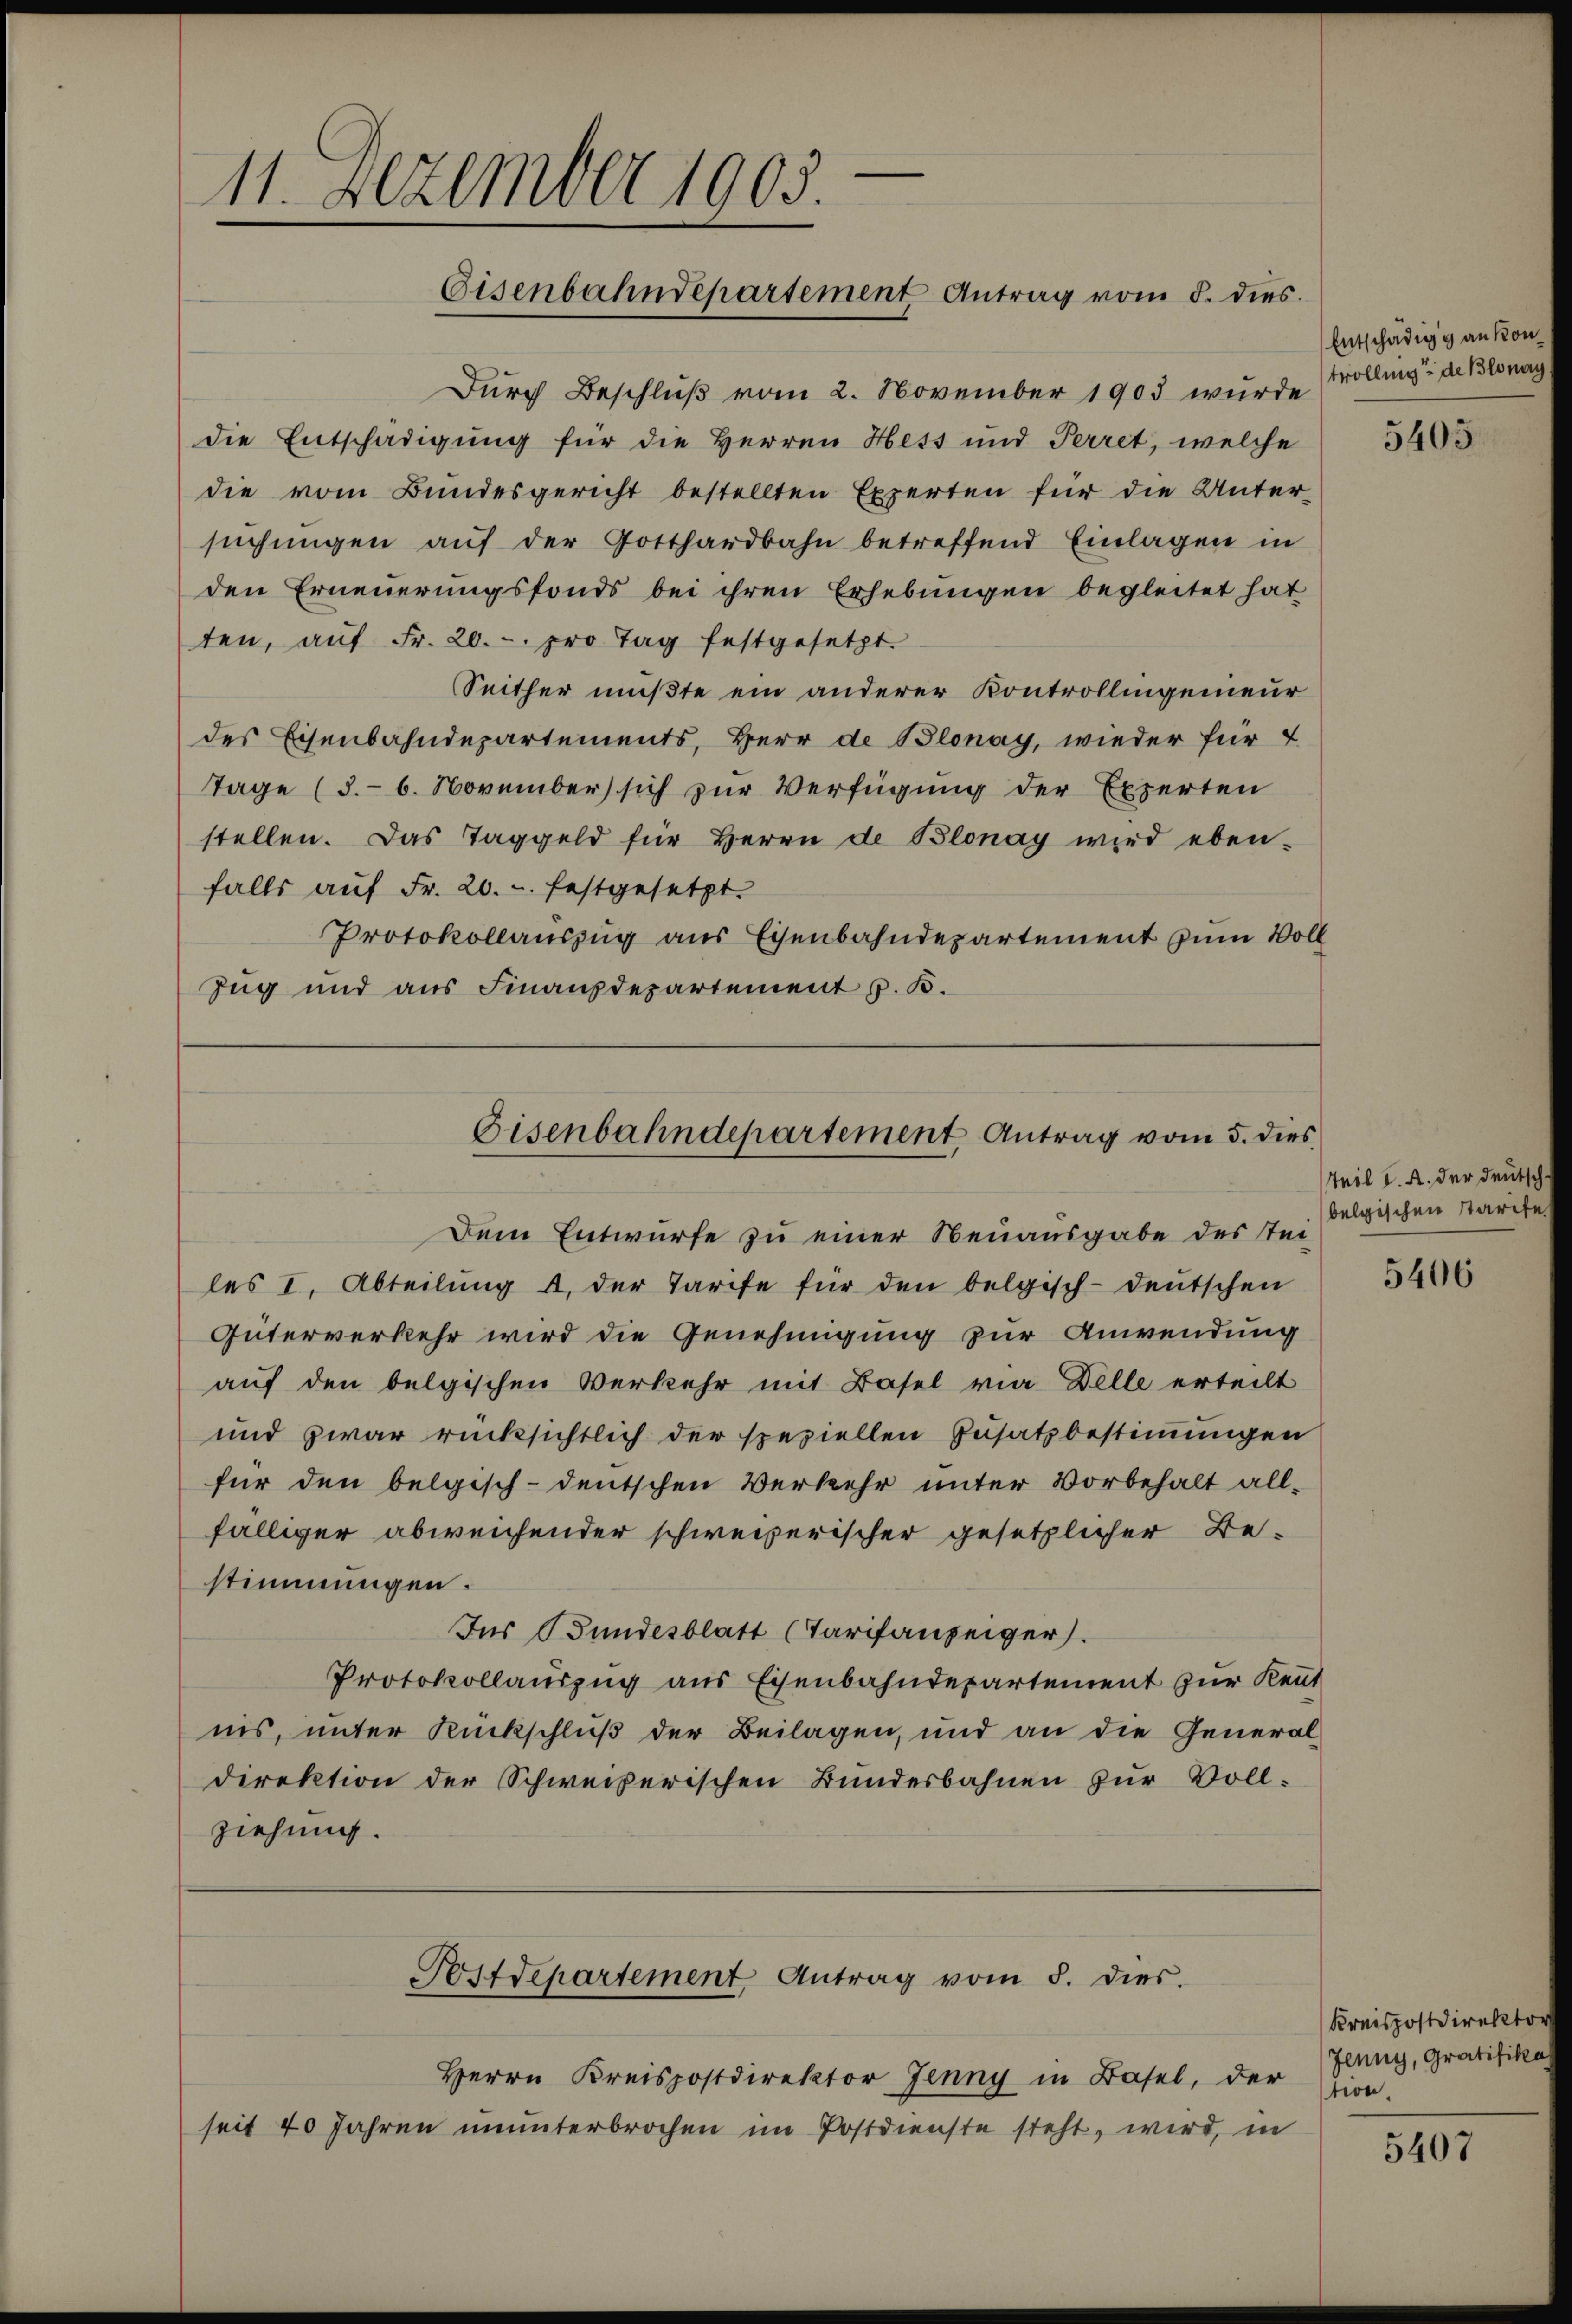
Dem Entwurfe zu einer Neuausgabe des Steiles I. Abteilŭng u. der Tarife für den belgisch-deutschen
Güterverkehr wird die Genehmigung zur Anwendung
auf den belgischen Verkehr mit Basel via Delle erteilt
und zwar rücksichtlich der speziellen Zusatzbestimmungen
für den belgisch-deutschen Verkehr unter Vorbehalt all-
fälliger abweichender schweizerischer gesetzlicher Bestimmungen.
Für Bundesblatt (Tarifanzeiger.
Protokollauszug aus Eisenbahndepartement zur Kennt
nis, unter Rückschluß der Beilagen, und an die General-
direktion der Schweizerischen Bundesbahnen zŭr Voll-
ziehung.

11. Dezember 1905.
Eisenbahndepartement Antrag vom 8. dies

Tage (3.- 6. November sich zur Verfügung der Experten
stellen. Das Taggeld für Herrn de Blonay wird eben-
falls auf Fr. 20.-. festgesetzt.
Protokollauszug aus Eisenbahndepartement zum Voll
Zug und aus Finanzdepartement z. B.

Durch Beschluß vom 2. November 1905 wurde (Trolling der Blonag
die Entschädigung für die Herren Hess und Perret, welche
die vom Bundesgericht bestellten Experten für die Untersŭchŭngen aŭf der Gotthardbahn betreffend Einlagen in
den Erneuerungsfonds bei ihren Erhebungen begleitet hat
ten, aŭf Fr. 20.- pro Tag festgesetzt.
Seither mußte ein anderer Kontrollingenieur
des Eisenbahndepartements, Herr de Blonay, wieder für

Eisenbahndepartement Antrag vom 5. dies

Postdepartement Antrag vom 5. dies.

Herrn Kreispostdirektor Jenny in Basel, der
seit 40 Jahren ununterbrochen im Postdienste steht, wird, in

Entschädigg an kon¬

5405

Teil d. A. der deutsch
belgischen Starife

5406

Kreispostdirektor
Jlung, Gratifika
tion.

5407